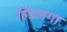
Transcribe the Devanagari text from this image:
हिंडलगा